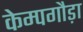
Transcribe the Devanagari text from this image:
केम्पगौड़ा